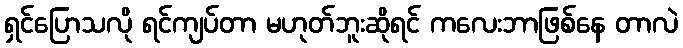
ရှင်ပြောသလို ရင်ကျပ်တာ မဟုတ်ဘူးဆိုရင် ကလေးဘာဖြစ်နေ တာလဲ